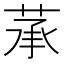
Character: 𦲶